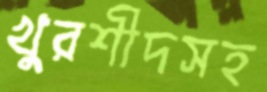
খুরশীদসহ